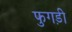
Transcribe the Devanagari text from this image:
फुगड़ी